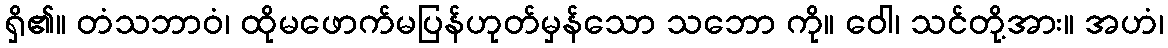
ရှိ၏။ တံသဘာဝံ၊ ထိုမဖောက်မပြန်ဟုတ်မှန်သော သဘော ကို။ ဝေါ၊ သင်တို့အား။ အဟံ၊